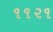
૧૧૨૧